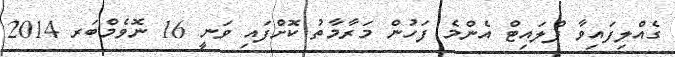
ގެއްލިފައިވާ ފްލައިޓް އެންމެ ފަހުން މަރާމާތު ކޮށްފައި ވަނީ 16 ނޮވެމްބަރ 2014